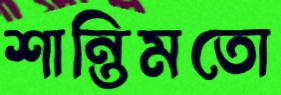
শান্তিমতো